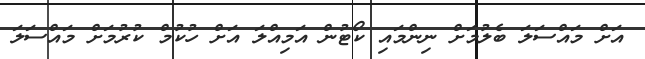
އަށް މައްސަލަ ބެލުމަށް ނިންމައި ކޯޓުން އަމިއްލަ އަށް ހުކުމް ކުރުމަށް މައްސަލަ